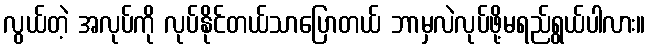
လွယ်တဲ့ အလုပ်ကို လုပ်နိုင်တယ်သာပြောတယ် ဘာမှလဲလုပ်ဖို့မရည်ရွယ်ပါလား။